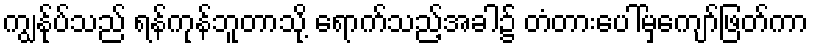
ကျွန်ုပ်သည် ရန်ကုန်ဘူတာသို့ ရောက်သည့်အခါ၌ တံတားပေါ်မှကျော်ဖြတ်ကာ